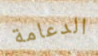
الدعامة